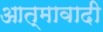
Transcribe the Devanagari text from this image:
आत्मावादी